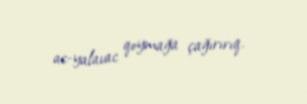
ac-yalavac qoymağa çağırırıq.